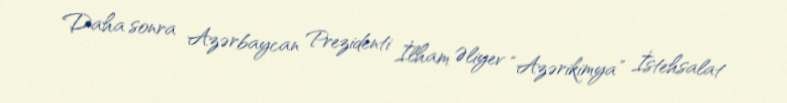
Daha sonra Azərbaycan Prezidenti İlham Əliyev “Azərikimya” İstehsalat